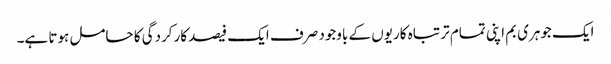
ایک جوہری بم اپنی تمام تر تباہ کاریوں کے باوجود صرف ایک فیصد کارکردگی کا حامل ہوتا ہے۔